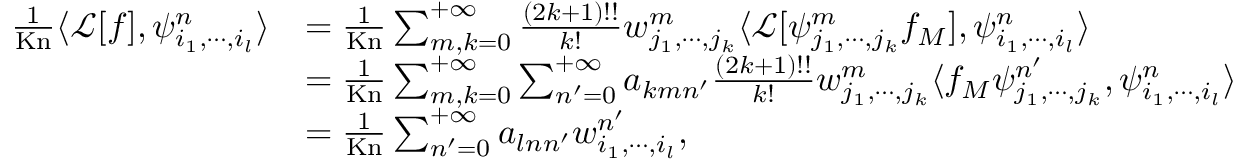
\begin{array} { r l } { \frac { 1 } { \mathrm { K n } } \langle \mathcal { L } [ f ] , \psi _ { i _ { 1 } , \cdots , i _ { l } } ^ { n } \rangle } & { = \frac { 1 } { \mathrm { K n } } \sum _ { m , k = 0 } ^ { + \infty } \frac { ( 2 k + 1 ) ! ! } { k ! } w _ { j _ { 1 } , \cdots , j _ { k } } ^ { m } \langle \mathcal { L } [ \psi _ { j _ { 1 } , \cdots , j _ { k } } ^ { m } f _ { M } ] , \psi _ { i _ { 1 } , \cdots , i _ { l } } ^ { n } \rangle } \\ & { = \frac { 1 } { \mathrm { K n } } \sum _ { m , k = 0 } ^ { + \infty } \sum _ { n ^ { \prime } = 0 } ^ { + \infty } a _ { k m n ^ { \prime } } \frac { ( 2 k + 1 ) ! ! } { k ! } w _ { j _ { 1 } , \cdots , j _ { k } } ^ { m } \langle f _ { M } \psi _ { j _ { 1 } , \cdots , j _ { k } } ^ { n ^ { \prime } } , \psi _ { i _ { 1 } , \cdots , i _ { l } } ^ { n } \rangle } \\ & { = \frac { 1 } { \mathrm { K n } } \sum _ { n ^ { \prime } = 0 } ^ { + \infty } a _ { l n n ^ { \prime } } w _ { i _ { 1 } , \cdots , i _ { l } } ^ { n ^ { \prime } } , } \end{array}